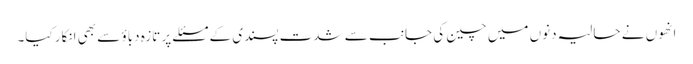
انھوں نے حالیہ دنوں میں چین کی جانب سے شدت پسندی کے مسئلے پر تازہ دباؤ سے بھی انکار کیا۔